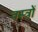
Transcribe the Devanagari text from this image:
वस्‍त्रों